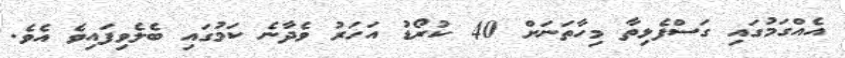
އެއްގަމުގައި ގަސްފެޅިތާ މިހާތަނަށް 40 ކުރޯޑު އަހަރު ވެދާނެ ކަމުގައި ބެލެވިފައިވެ އެވެ.